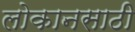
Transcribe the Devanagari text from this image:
लोकानसाठी